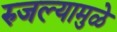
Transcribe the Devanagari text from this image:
रुजल्यामुळे